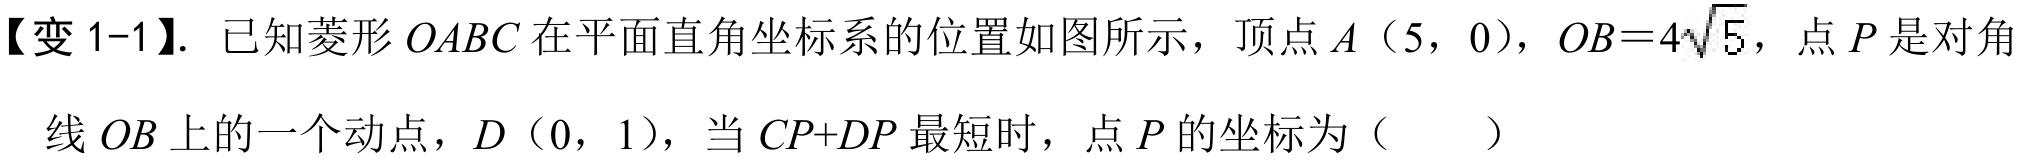
【变 1-1】. 已知菱形\(OABC\)在平面直角坐标系的位置如图所示，顶点\(A\)（5，0），\(OB = 4\sqrt{5}\)，点\(P\)是对角
线\(OB\)上的一个动点，\(D\)（0，1），当\(CP + DP\)最短时，点\(P\)的坐标为（  ）